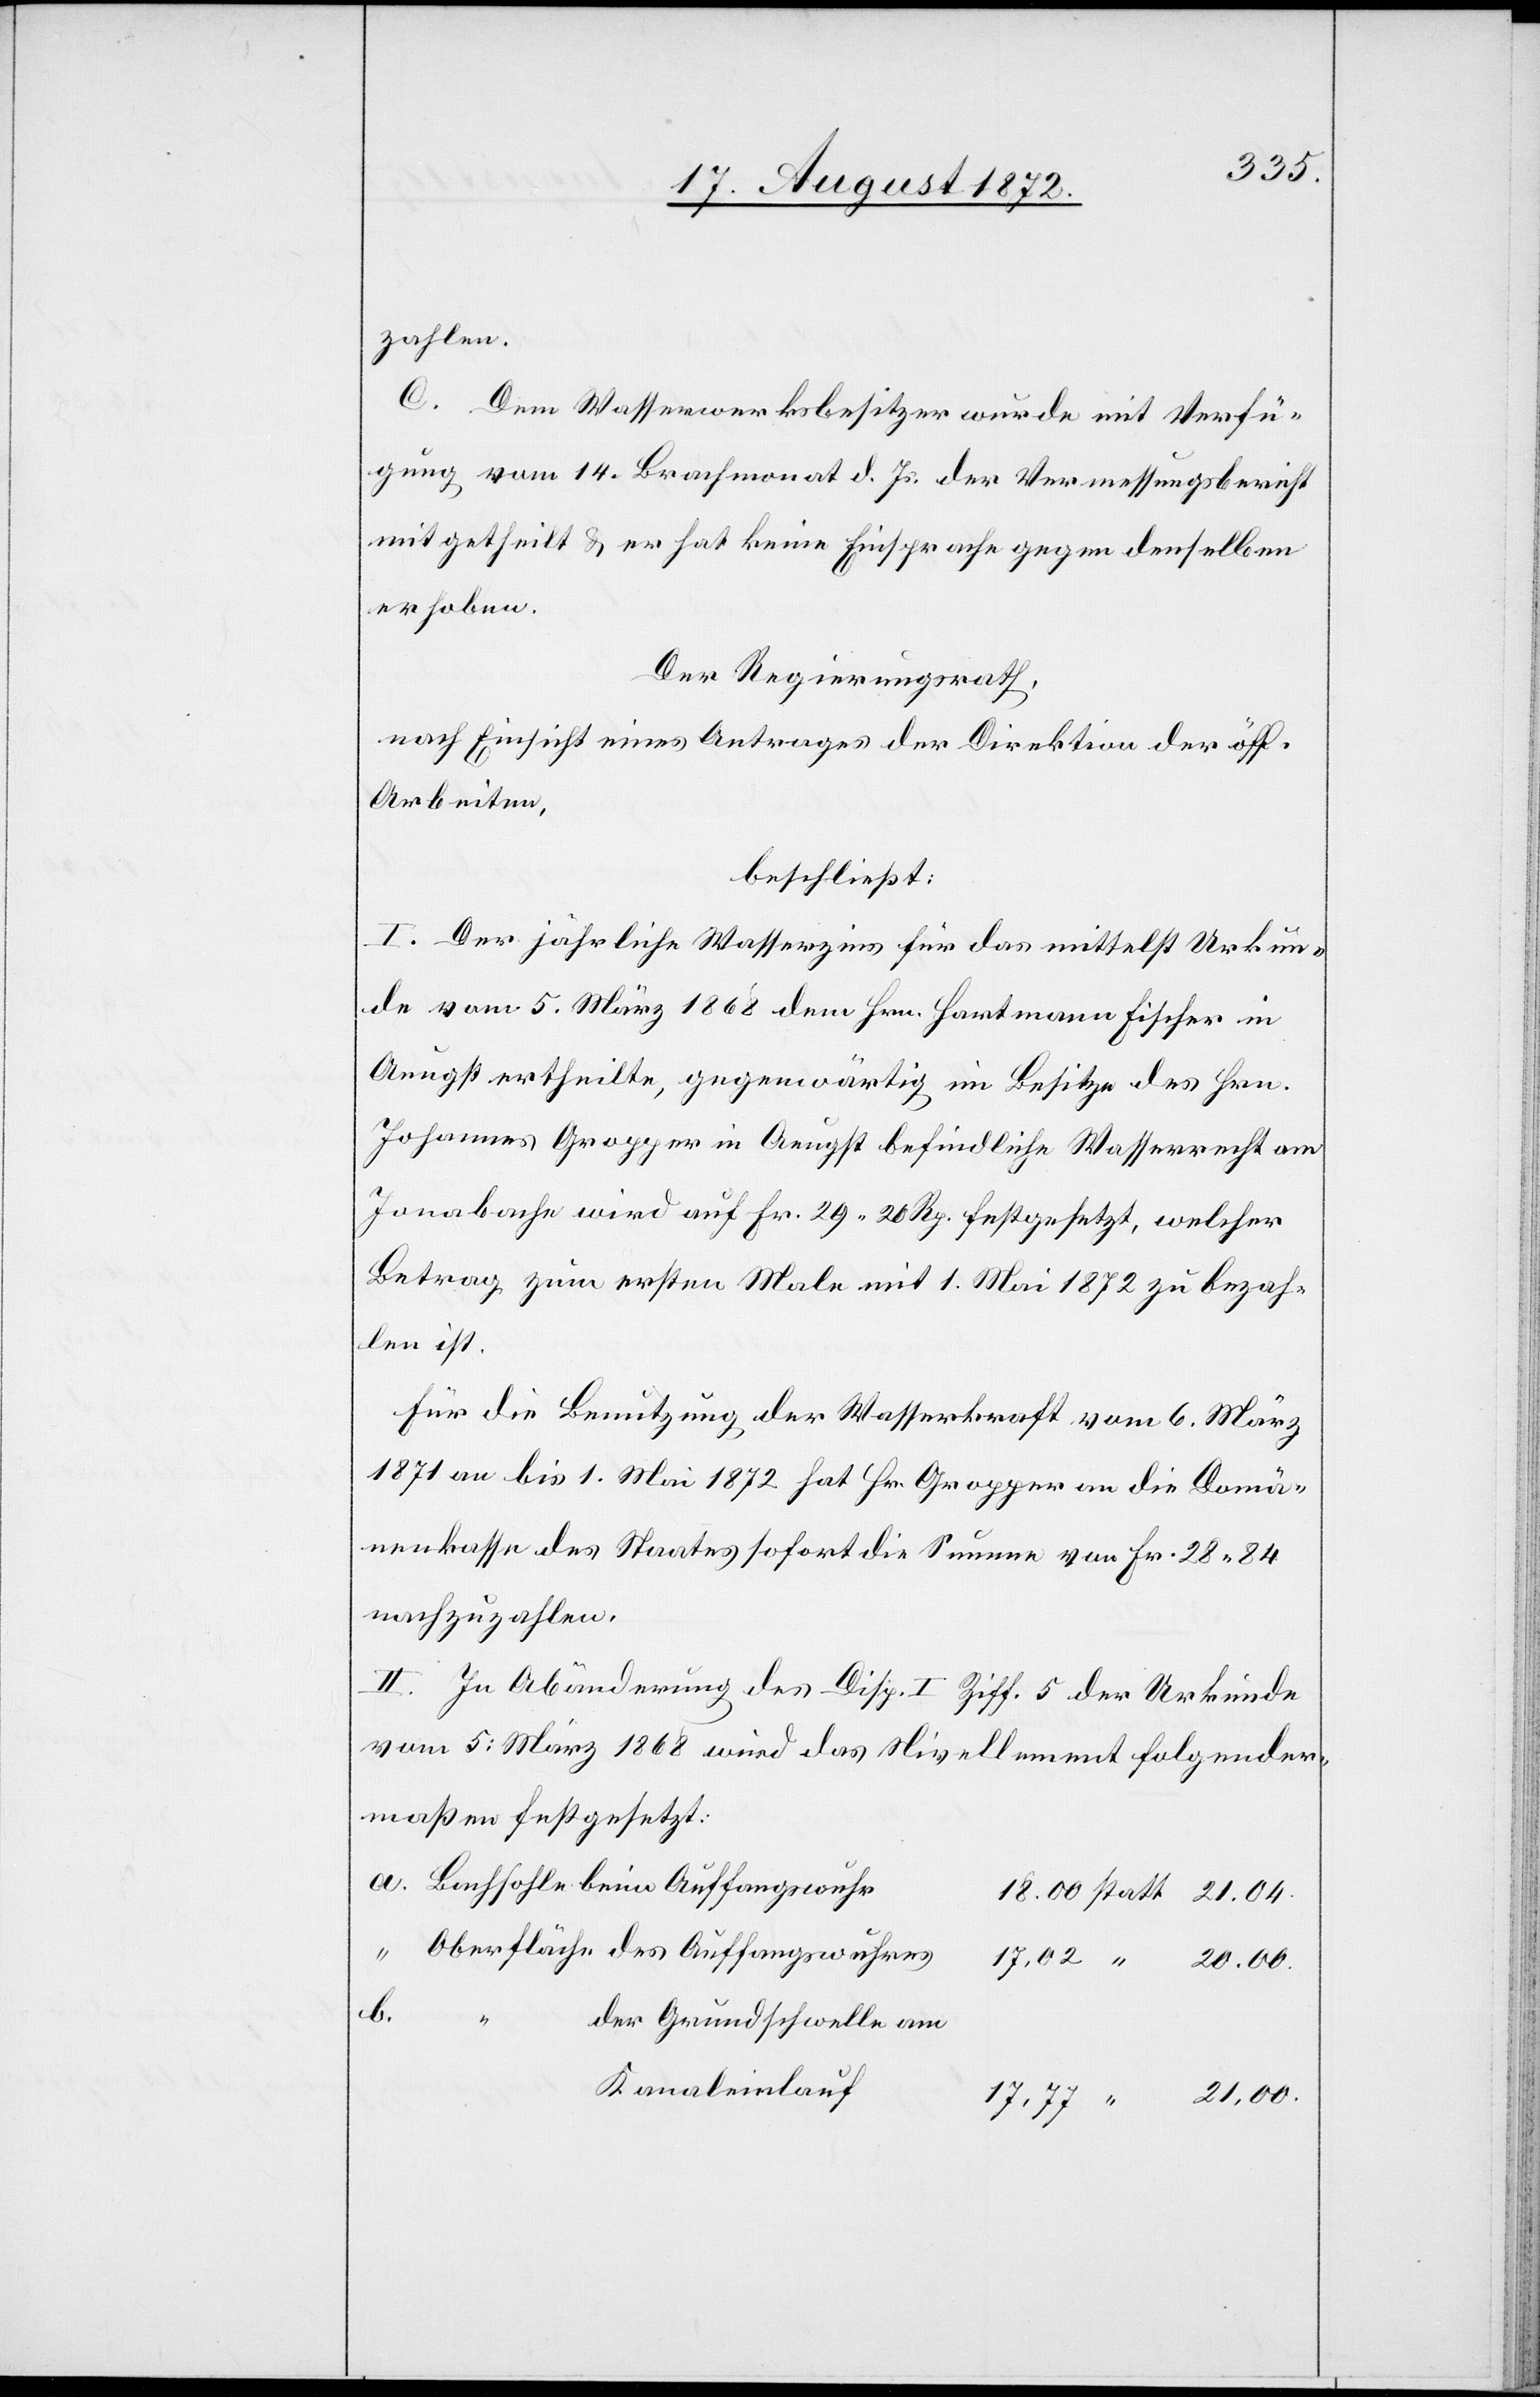
zahlen.
C. Dem Wasserwerksbesitzer wurde mit Verfü¬
gung vom 14. Brachmonat d. Js. der Vermessungsbericht
mit getheilt u. er hat keine Einsprache gegen denselben
erhoben.
Der Regierungsrath,
nach Einsicht eines Antrages der Direktion der öff.
Arbeiten,
beschließt:
I. Der jährliche Wasserzins für das mittelst Urkun¬
de vom 5. März 1868 dem Hrn. Hartmann Fischer in
Aeugst ertheilte, gegenwärtig im Besitze des Hrn.
Johannes Gropper in Aeugst befindliche Wasserrecht am
Jonabache wird auf Fr. 29 20 Rp. festgesetzt, welcher
Betrag zum ersten Male mit 1. Mai 1872 zu bezah¬
len ist.
Für die Benutzung der Wasserkraft vom 6. März
1871 an bis 1. Mai 1872 hat Hr. Gropper an die Domä¬
nenkasse des Staates sofort die Summe von Fr. 28 84
nachzuzahlen.
II. In Abänderung des Disp. I Ziff. 5 der Urkunde
vom 5: März 1868 wird das Nivellement folgender¬
maßen festgesetzt:
Bachsohle beim Auffangswuhr
Oberfläche des Auffangswuhres
b.
der Grundschwelle am
Kanaleinlauf